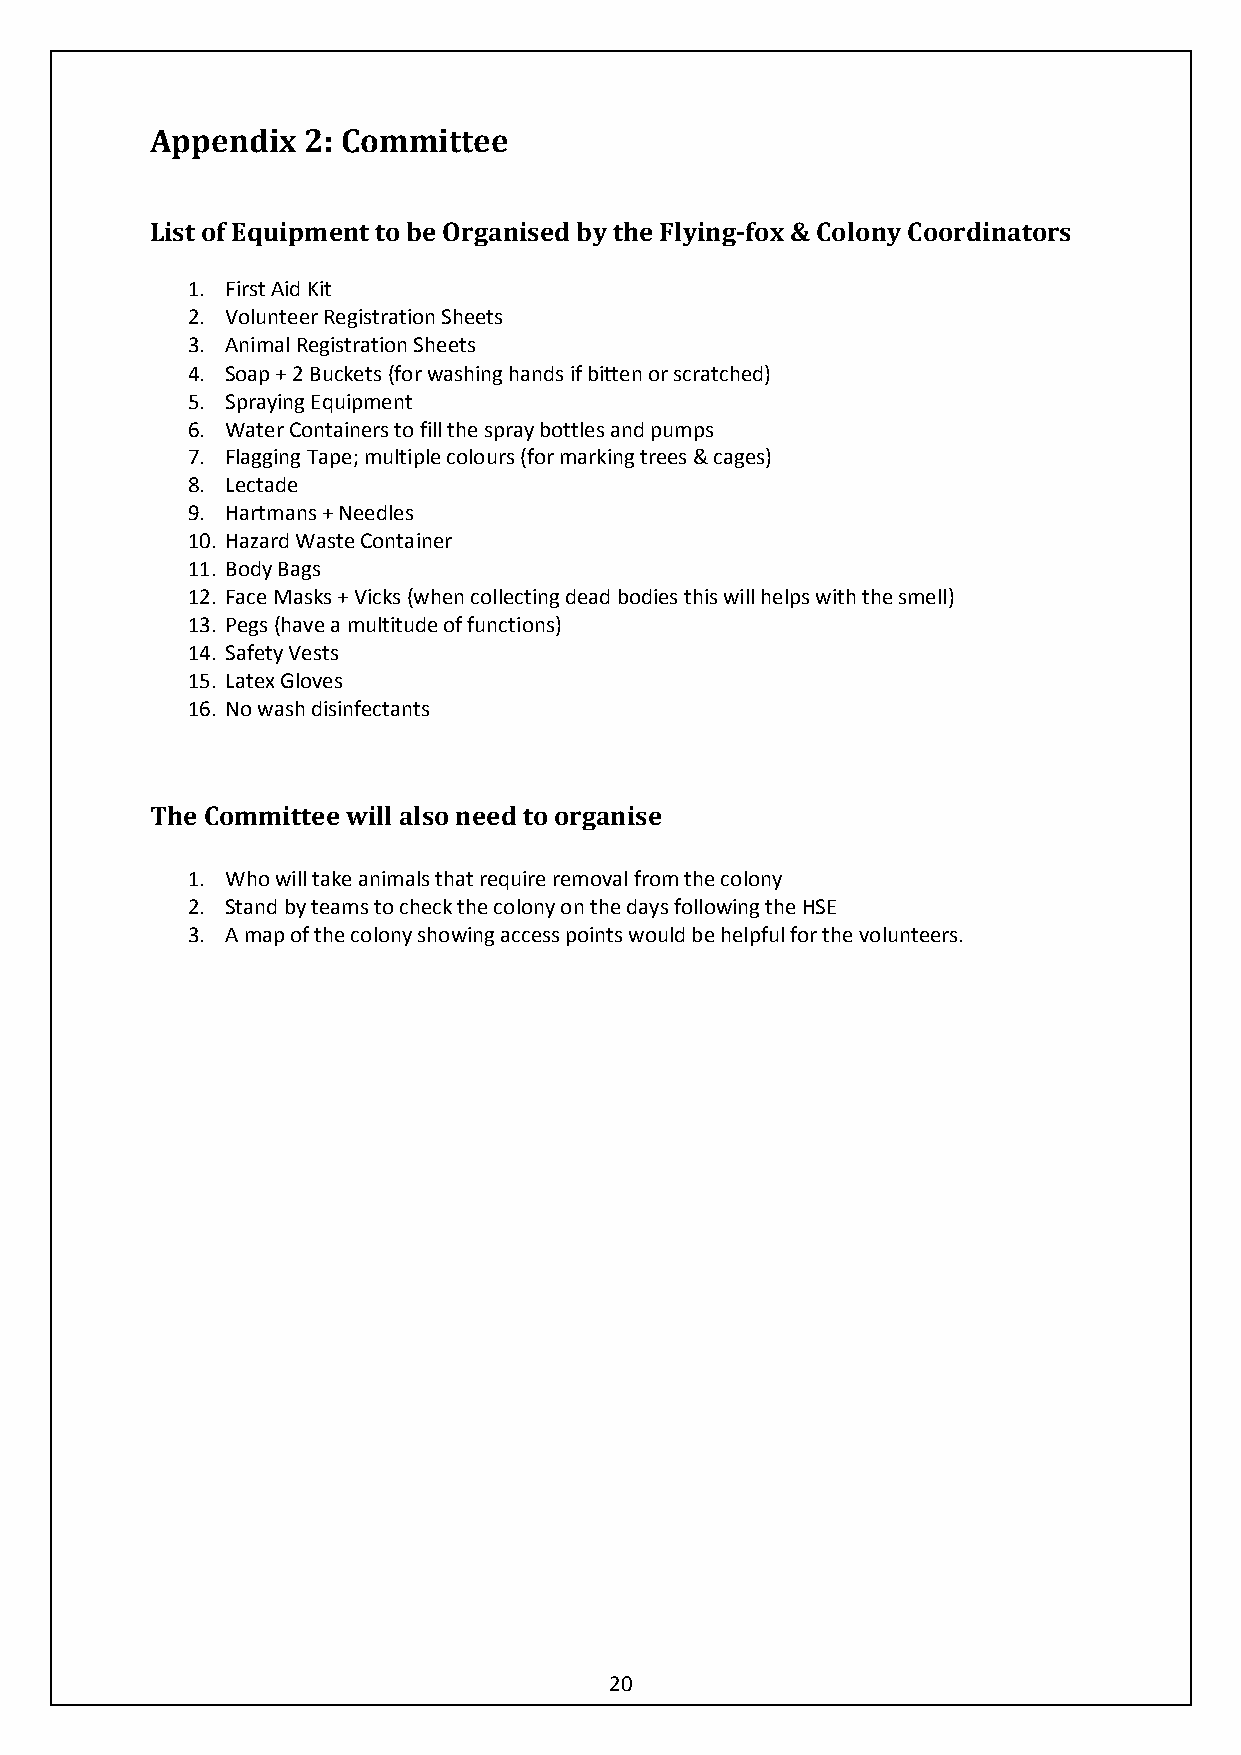
Appendix  2: Committee
 List of Equipment to be Organised by the Flying-fox & Colony Coordinators
 1. First Aid Kit
 2. Volunteer Registration Sheets
 3. Animal Registration Sheets
 4. Soap + 2 Buckets (for washing hands if bitten or scratched)
 5. Spraying Equipment
 6. Water Containers to fill the spray bottles and pumps
 7. Flagging Tape; multiple colours (for marking trees & cages)
 8. Lectade
 9. Hartmans + Needles
 10. Hazard Waste Container
 11. Body Bags
 12. Face Masks + Vicks (when collecting dead bodies this will helps with the smell)
 13. Pegs (have a multitude of functions)
 14. Safety Vests
 15. Latex Gloves
 16. No wash disinfectants
 The Committee will also need to organise
 1. Who will take animals that require removal from the colony
 2. Stand by teams to check the colony on the days following the HSE
 3. A map of the colony showing access points would be helpful for the volunteers.
 20